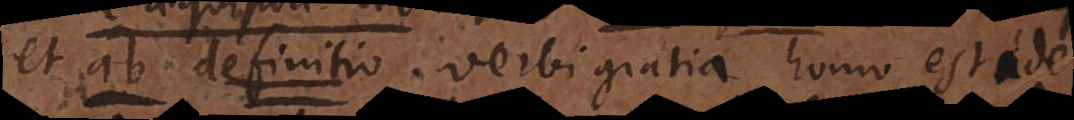
et ab. definitio. verbi gratia homo est ide